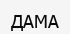
ДАМА